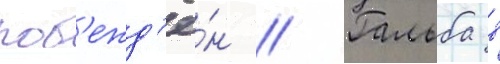
поб'ежд'ё́н // Гальба в